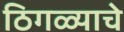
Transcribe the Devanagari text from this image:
ठिगळ्याचे